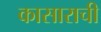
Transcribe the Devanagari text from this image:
कासाराची